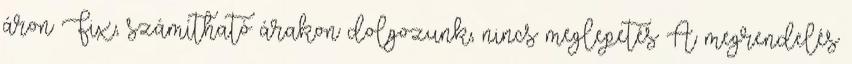
áron Fix, számítható árakon dolgozunk, nincs meglepetés A megrendelés